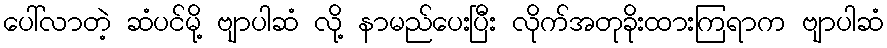
ပေါ်လာတဲ့ ဆံပင်မို့ ဗျာပါဆံ လို့ နာမည်ပေးပြီး လိုက်အတုခိုးထားကြရာက ဗျာပါဆံ